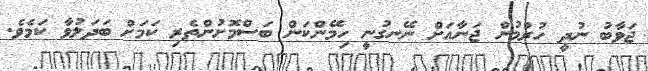
ޖަވާބު ނުދީ ހުރުމުން ޖަނާއަށް ނޭނގުނީ ހިމޭންކަން ބަސްމޮށުންތެރި ކަމަށް ބަދަލުވާ ކަމެވެ.